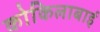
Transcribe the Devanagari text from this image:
कोकिलाबाई